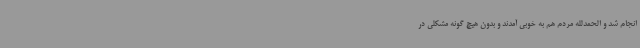
انجام شد و الحمدلله مردم هم به خوبی آمدند و بدون هیچ گونه مشکلی در